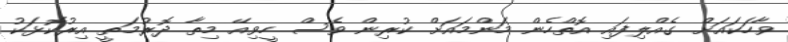
ވާހަކައަށް ގެއްލިފައި އޮތްހެން މަންމައަށް ކުރިން ވެސް ހީވިއޭ މިތާ ދޮރުމަތީ އިރުކޮޅަކު